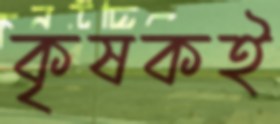
কৃষকই